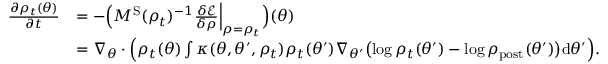
\begin{array} { r l } { \frac { \partial \rho _ { t } ( \theta ) } { \partial t } } & { = - \Bigl ( M ^ { \mathrm { S } } ( \rho _ { t } ) ^ { - 1 } \frac { \delta \mathcal { E } } { \delta \rho } \Bigr | _ { \rho = \rho _ { t } } \Bigr ) ( \theta ) } \\ & { = \nabla _ { \theta } \cdot \Bigl ( \rho _ { t } ( \theta ) \int \kappa ( \theta , \theta ^ { \prime } , \rho _ { t } ) \rho _ { t } ( \theta ^ { \prime } ) \nabla _ { \theta ^ { \prime } } \bigl ( \log \rho _ { t } ( \theta ^ { \prime } ) - \log \rho _ { \mathrm { p o s t } } ( \theta ^ { \prime } ) \bigr ) \mathrm { d } \theta ^ { \prime } \Bigr ) . } \end{array}